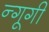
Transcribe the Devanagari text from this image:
न्गूगी